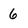
Character: 6